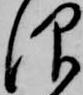
仰